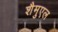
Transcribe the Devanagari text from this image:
शैमुएल